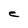
Character: C